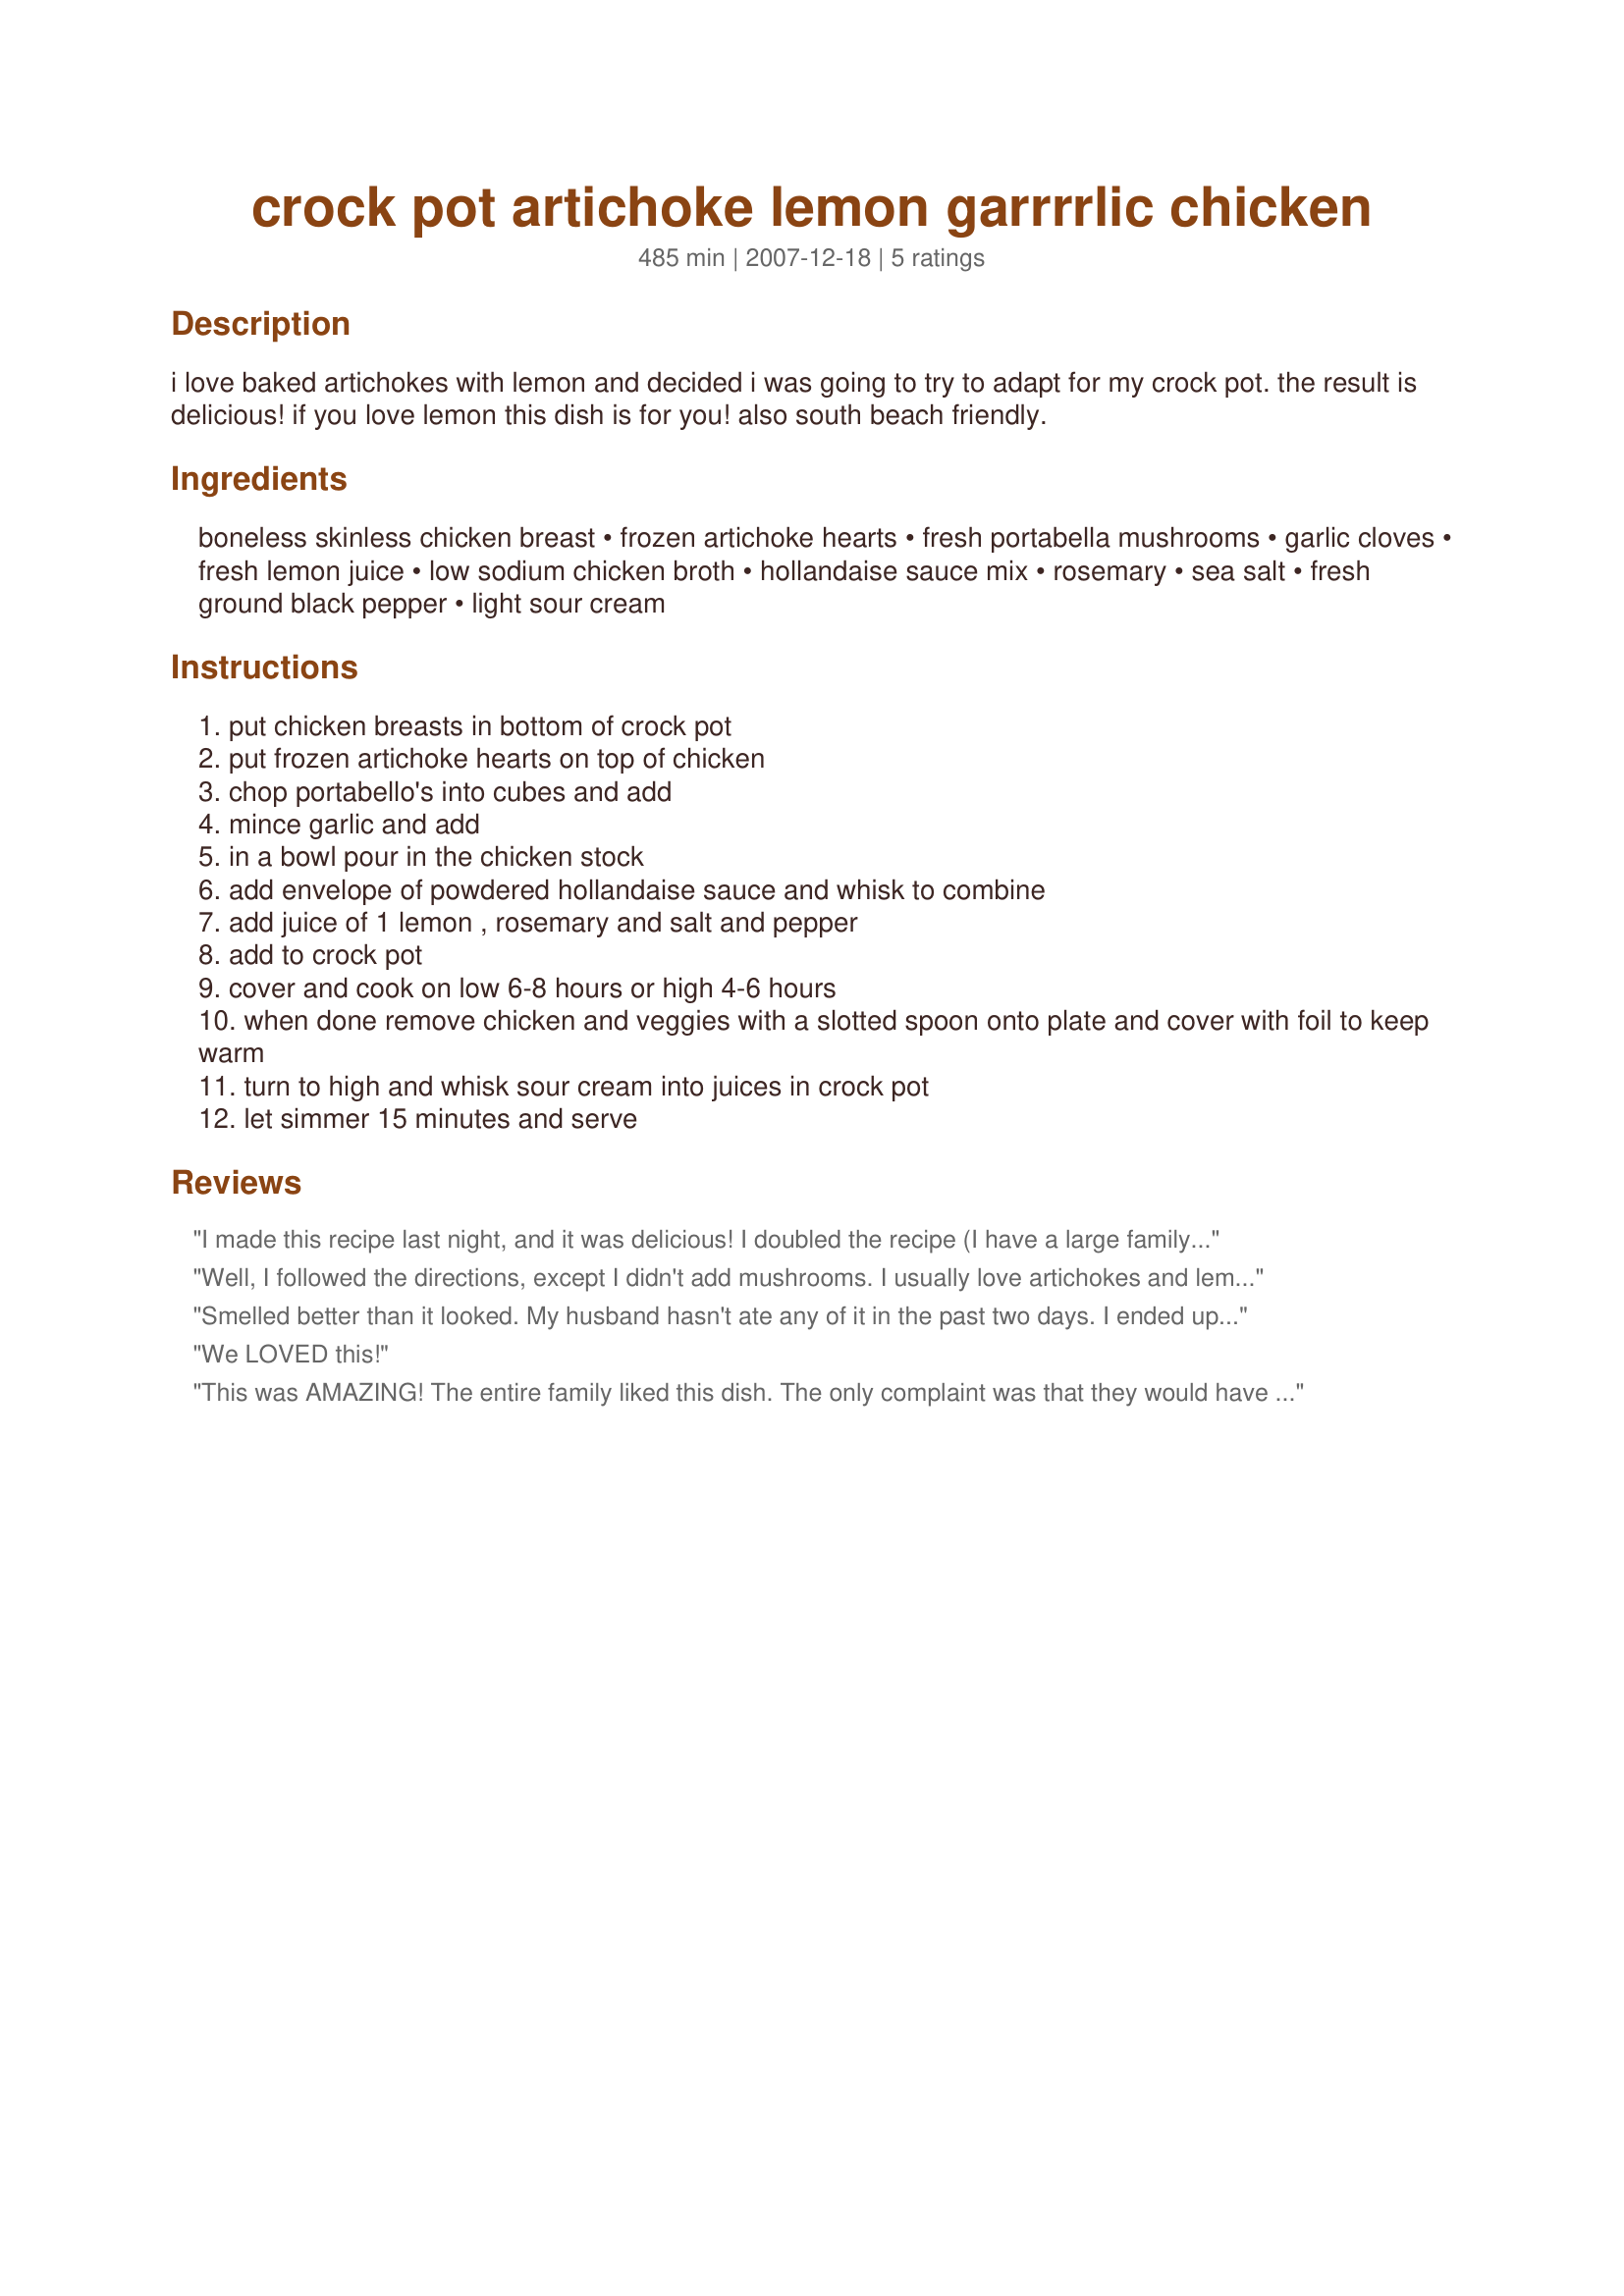
crock pot artichoke lemon garrrrlic chicken
Preparation time: 485 minutes

i love baked artichokes with lemon and decided i was going to try to adapt for my crock pot. the result is delicious! if you love lemon this dish is for you! also south beach friendly.

Ingredients:
boneless skinless chicken breast, frozen artichoke hearts, fresh portabella mushrooms, garlic cloves, fresh lemon juice, low sodium chicken broth, hollandaise sauce mix, rosemary, sea salt, fresh ground black pepper, light sour cream

Steps:
put chicken breasts in bottom of crock pot
put frozen artichoke hearts on top of chicken
chop portabello's into cubes and add
mince garlic and add
in a bowl pour in the chicken stock
add envelope of powdered hollandaise sauce and whisk to combine
add juice of 1 lemon , rosemary and salt and pepper
add to crock pot
cover and cook on low 6-8 hours or high 4-6 hours
when done remove chicken and veggies with a slotted spoon onto plate and cover with foil to keep warm
turn to high and whisk sour cream into juices in crock pot
let simmer 15 minutes and serve

Reviews:
I made this recipe last night, and it was delicious! I doubled the recipe (I have a large family and a large crock pot!) and used canned artichokes instead of frozen ones, because they don't carry frozen artichokes at my super market. Other than that, I made the recipe as shown, and it came out great! It had a wonderful garlicy-lemon sauce, and the chicken was very tender. Everyone liked it, and I'll definitely make it again.
Well, I followed the directions, except I didn't add mushrooms. I usually love artichokes and lemon. But this recipe did not do anything for me or my husband. All I tasted was artichokes!!!!!
Smelled better than it looked. My husband hasn't ate any of it in the past two days. I ended up eating it only because I didn't want it to go to waste. The artichokes fell apart into sludge. It didn't have too much garlic, lemon, or artichokes; it must of been the combination.
We LOVED this!
This was AMAZING! The entire family liked this dish. The only complaint was that they would have liked the sauce to be just a bit thicker. I did use fresh chicken and canned artichokes rather than frozen and I also added about a half a bag of frozen spinach on top of the mushrooms. I baked it in the oven for about an hour and a half at 325 and served it along with rice and carrots. This would be a nice dish for a dinner party. (3)
